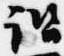
諮